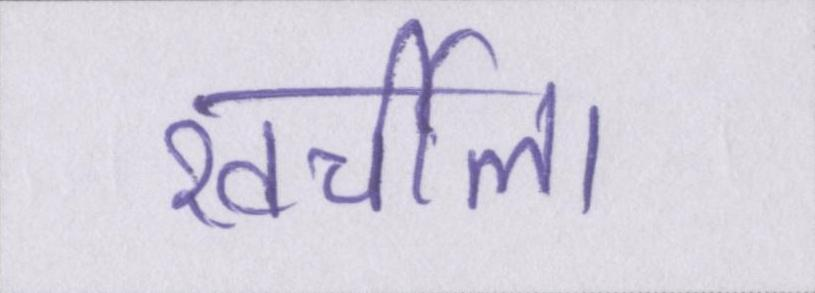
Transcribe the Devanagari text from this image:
खर्चीला